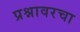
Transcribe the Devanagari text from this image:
प्रश्नावरचा